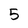
Character: 5